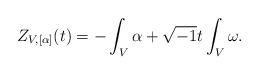
LaTeX: \begin{align*}Z_{V,[\alpha]}(t) = -\int_{V}\alpha+\sqrt{-1}t\int_{V}\omega.\end{align*}